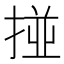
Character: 掽